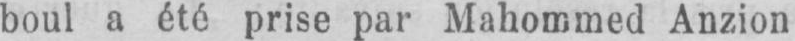
boul a été prise par Mahommed Anzion